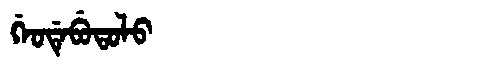
Manchu: ᡤᡝᠣᡩᡝᠪᡠᡨᠣᠯᠣ
Romanization: GEODEBUTOLO